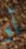
أو